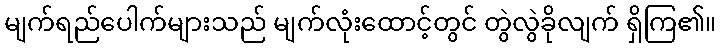
မျက်ရည်ပေါက်များသည် မျက်လုံးထောင့်တွင် တွဲလွဲခိုလျက် ရှိကြ၏။